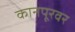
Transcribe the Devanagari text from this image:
कानपूरवर